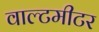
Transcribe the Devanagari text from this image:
वाल्टमीटर